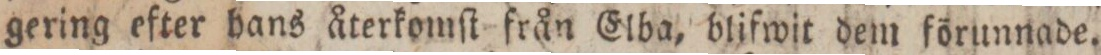
gering efter hans återkomſt från Elba, blifwit dem förunnade.